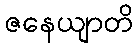
ဇနေယျာတိ